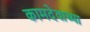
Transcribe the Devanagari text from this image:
कामदेवाच्या